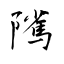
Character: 隲